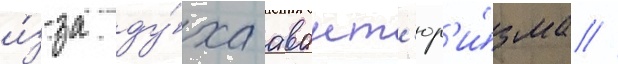
и́з-за ду́ха авант'юр'и́зма //